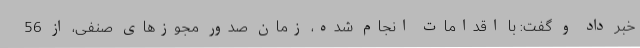
خبر داد و گفت: با اقدامات انجام شده، زمان صدور مجوزهای صنفی، از 56